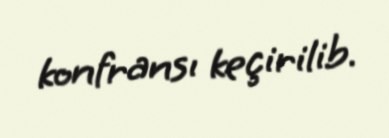
konfransı keçirilib.